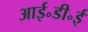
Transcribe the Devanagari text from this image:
आई॰डी॰ई